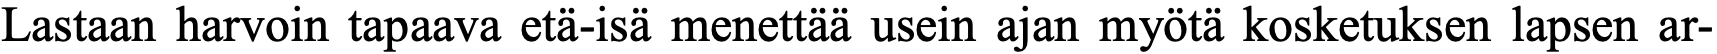
Lastaan harvoin tapaava etä-isä menettää usein ajan myötä kosketuksen lapsen ar-